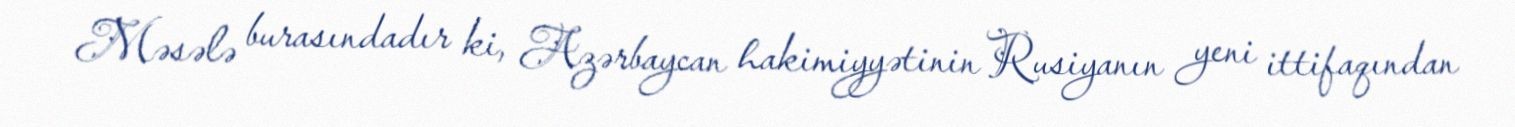
Məsələ burasındadır ki, Azərbaycan hakimiyyətinin Rusiyanın yeni ittifaqından